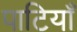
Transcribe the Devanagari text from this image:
पाटियाँ